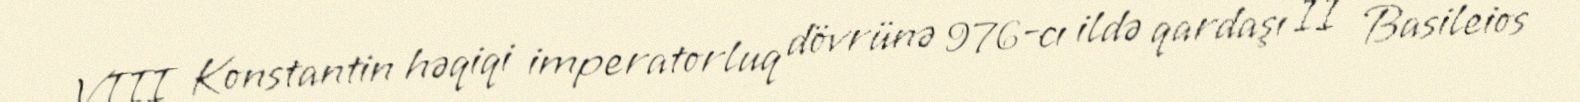
VIII Konstantin həqiqi imperatorluq dövrünə 976-cı ildə qardaşı II Basileios